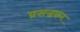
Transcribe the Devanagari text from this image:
प्रसन्नकर